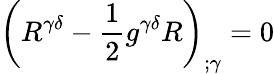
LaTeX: \left(R^{\gamma\delta}-{\frac{1}{2}}g^{\gamma\delta}R\right)_{;\gamma}=0